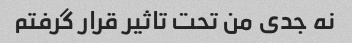
نه جدی من تحت تاثیر قرار گرفتم